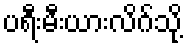
ပရီးမီးယားလိဂ်သို့